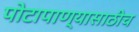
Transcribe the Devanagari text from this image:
पोटापाण्यासाठीच